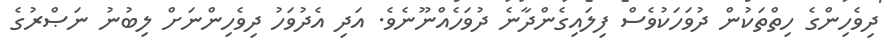
ދިވެހިންގެ ހިތްތަކުން ދުވަހަކުވެސް ފިލައިގެންދާނެ ދުވަހެއްނޫނެވެ. އަދި އެދުވަހު ދިވެހިންނަށް ލިބުނު ނަޞްރުގެ